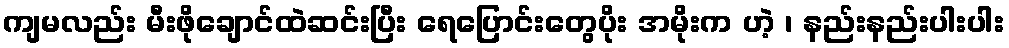
ကျမလည်း မီးဖိုချောင်ထဲဆင်းပြီး ရေပြောင်းတွေပိုး အမိုးက ဟဲ့ ၊ နည်းနည်းပါးပါး